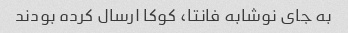
به جای نوشابه فانتا، کوکا ارسال کرده بودند